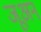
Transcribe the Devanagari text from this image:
जूअन